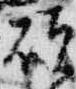
碩